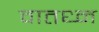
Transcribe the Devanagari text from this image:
वातध्न